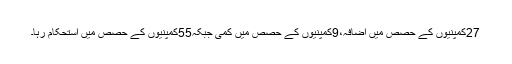
27کمپنیوں کے حصص میں اضافہ،9کمپنیوں کے حصص میں کمی جبکہ55کمپنیوں کے حصص میں استحکام رہا۔